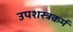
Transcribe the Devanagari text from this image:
उपशस्त्रकर्म